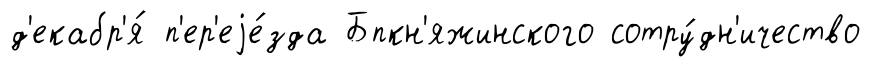
д'екабр'я́ п'ер'еjе́зда Бпкн'яжинского сотру́дн'ичество